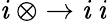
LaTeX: \mathit{i}\ \otimes\to\mathit{i}\ \mathit{i}